Report of the Indian Hemp Drugs Commission, 1894-1895 - Volume VII
Year: 1894
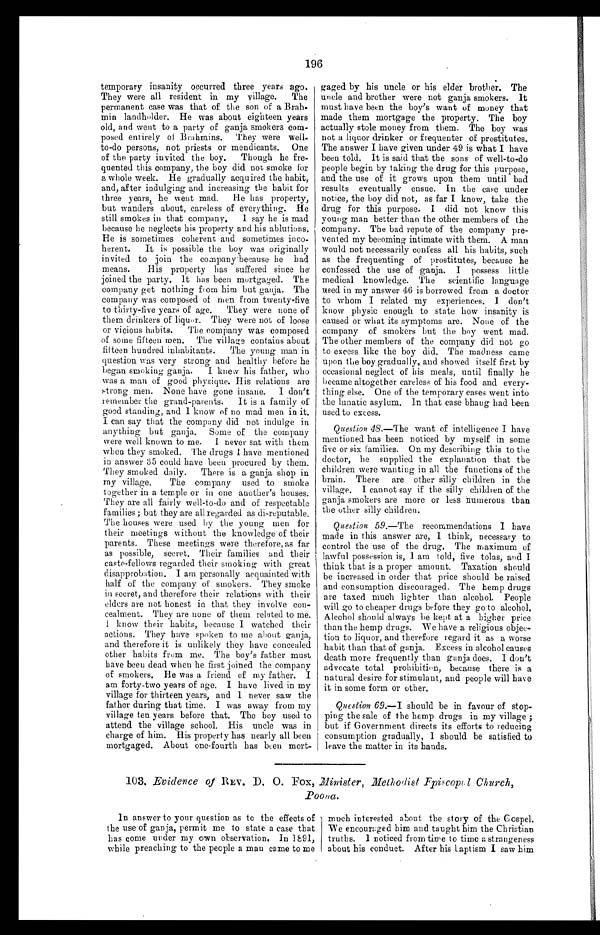
196
temporary insanity occurred three years ago.
They were all resident in my village. The
permanent case was that of the son of a Brah-
min landholder. He was about eighteen years
old, and went to a party of ganja smokers com-
posed entirely of Brahmins. They were well-
to-do persons, not priests or mendicants. One
of the party invited the boy. Though he fre-
quented this company, the boy did not smoke for
a whole week. He gradually acquired the habit,
and, after indulging and increasing the habit for
three years, he went mad. He has property,
but wanders about, careless of everything. He
still smokes in that company. I say he is mad
because he neglects his property and his ablutions.
He is sometimes coherent and sometimes inco-
herent. It is possible the boy was originally
invited to join the company because he had
means. His property has suffered since he
joined the party. It has been mortgaged. The
company get nothing from him but ganja. The
company was composed of men from twenty-five
to thirty-five years of age. They were none of
them drinkers of liquor. They were not of loose
or vicious habits. The company was composed
of some fifteen men. The village contains about
fifteen hundred inhabitants. The young man in
question was very strong and healthy before he
began smoking ganja. I knew his father, who
was a man of good physique. His relations are
strong men. None have gone insane. I don't
remember the grand-parents. It is a family of
good standing, and I know of no mad men in it.
I can say that the company did not indulge in
anything but ganja. Some of the company
were well known to me. I never sat with them
when they smoked. The drugs I have mentioned
in answer 35 could have been procured by them.
They smoked daily. There is a ganja shop in
my village. The company used to smoke
together in a temple or in one another's houses.
They are all fairly well-to-do and of respectable
families ; but they are all regarded as disreputable.
The houses were used by the young men for
their meetings without the knowledge of their
parents. These meetings were therefore, as far
as possible, secret. Their families and their
caste-fellows regarded their smoking with great
disapprobation. I am personally acquainted with
half of the company of smokers. They smoke
in secret, and therefore their relations with their
elders are not honest in that they involve con-
cealment. They are none of them related to me.
I know their habits, because I watched their
actions. They have spoken to me about ganja,
and therefore it is unlikely they have concealed
other habits from me. The boy's father must
have been dead when he first joined the company
of smokers. He was a friend of my father. I
am forty-two years of age. I have lived in my
village for thirteen years, and I never saw the
father during that time. I was away from my
village ten years before that. The boy used to
attend the village school. His uncle was in
charge of him. His property has nearly all been
mortgaged. About one-fourth has been mort-
gaged by his uncle or his elder brother. The
uncle and brother were not ganja smokers. It
must have been the boy's want of money that
made them mortgage the property. The boy
actually stole money from them. The boy was
not a liquor drinker or frequenter of prostitutes.
The answer I have given under 49 is what I have
been told. It is said that the sons of well-to-do
people begin by taking the drug for this purpose,
and the use of it grows upon them until bad
results eventually ensue. In the case under
notice, the boy did not, as far I know, take the
drug for this purpose. I did not know this
young man better than the other members of the
company. The bad repute of the company pre-
vented my becoming intimate with them. A man
would not necessarily confess all his habits, such
as the frequenting of prostitutes, because he
confessed the use of ganja, I possess little
medical knowledge. The scientific language
used in my answer 46 is borrowed from a doctor
to whom I related my experiences. I don't
know physic enough to state how insanity is
caused or what its symptoms are. None of the
company of smokers but the boy went mad.
The other members of the company did not go
to excess like the boy did. The madness came
upon the boy gradually, and showed itself first by
occasional neglect of his meals, until finally he
became altogether careless of his food and every-
thing else. One of the temporary cases went into
the lunatic asylum. In that case bhang had been
used to excess.
Question 48.—The want of intelligence I have
mentioned has been noticed by myself in some
five or six families. On my describing this to the
doctor, he supplied the explanation that the
children were wanting in all the functions of the
brain. There are other silly children in the
village. I cannot say if the silly children of the
ganja smokers are more or less numerous than
the other silly children.
Question 59.—The recommendations I have
made in this answer are, I think, necessary to
control the use of the drug. The maximum of
lawful possession is, I am told, five tolas, and I
think that is a proper amount. Taxation should
be increased in order that price should be raised
and consumption discouraged. The hemp drugs
are taxed much lighter than alcohol. People
will go to cheaper drugs before they go to alcohol.
Alcohol should always be kept at a higher price
than the hemp drugs. We have a religious objec-
tion to liquor, and therefore regard it as a worse
habit than that of ganja. Excess in alcohol causes
death more frequently than. ganja does. I don't
advocate total prohibition, because there is a
natural desire for stimulant, and people will have
it in some form or other.
Question 69 .—I should be in favour of stop-
ping the sale of the hemp drugs in my village ;
but if Government directs its efforts to reducing
consumption gradually, I should be satisfied to
leave the matter in its hands.
103. Evidence of REV. D. O. Fox, Minister, Methodist Episcopal Church, Poona .
In answer to your question as to the effects of
the use of ganja, permit me to state a case that
has come under my own observation. In 1891,
while preaching to the people a man came to me
much interested about the story of the Gospel.
We encouraged him and taught him the Christian
truths. I noticed from time to time a strangeness
about his conduct. After his baptism I saw him